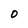
Character: 0